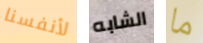
لأنفسنا الشابه ما